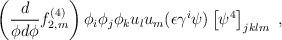
LaTeX: \begin{align*}\left( \frac{d}{\phi d \phi} f^{(4)}_{2,m} \right) \phi_i \phi_j \phi_k u_l u_m (\epsilon \gamma^i \psi ) \left[ \psi^4 \right]_{jklm}~,\end{align*}